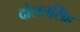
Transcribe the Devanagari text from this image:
दोलतसिंह